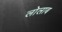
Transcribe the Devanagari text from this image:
लोलाब